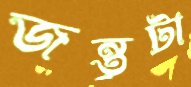
জন্তুটা